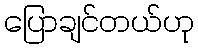
ပြောချင်တယ်ဟု